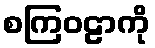
စကြဝဠာကို